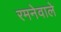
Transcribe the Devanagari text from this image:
रमनेवाले